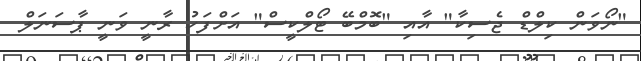
"ނޯވަން ކިލްޑް ޖެސިކާ" އާއި "ބޮމްބޭ ޓޯލްކީސް" އަށްފަހު ރާނީ ވަނީ ޕާސަނަލް